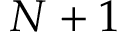
N + 1